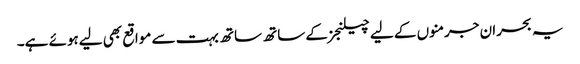
یہ بحران جرمنوں کے لیے چیلنجز کے ساتھ ساتھ بہت سے مواقع بھی لیےہوئے ہے۔